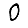
Digit: 0